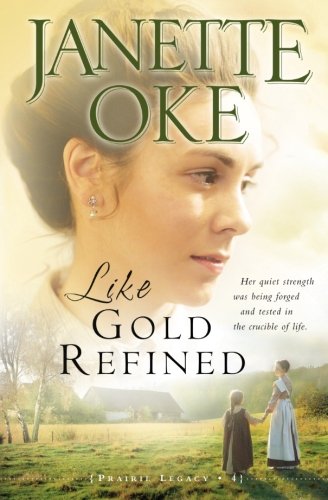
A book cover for Like Gold Refined (A Prairie Legacy, Book 4) (Volume 4); Janette Oke; Literature & Fiction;